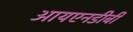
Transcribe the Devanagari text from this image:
आयएनडीबी